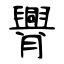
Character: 臖